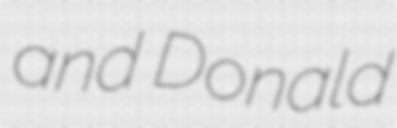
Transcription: and Donald